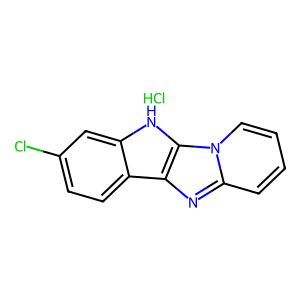
SMILES: Cl.Clc1ccc2c(c1)[nH]c1c2nc2ccccn21
Inhibits HIV replication: No